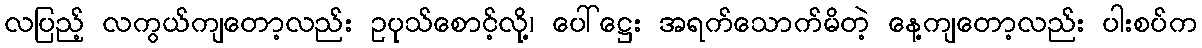
လပြည့် လကွယ်ကျတော့လည်း ဥပုသ်စောင့်လို့၊ ပေါ်ဋ္ဌေး အရက်သောက်မိတဲ့ နေ့ကျတော့လည်း ပါးစပ်က